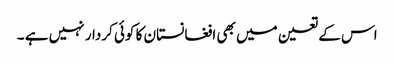
اس کے تعین میں بھی افغانستان کا کوئی کردار نہیں ہے ۔